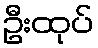
ဦးထုပ်